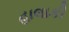
હાલાકી